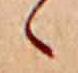
ゝ